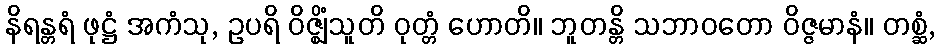
နိရန္တရံ ဖုဋ္ဌံ အကံသု, ဥပရိ ဝိဇ္ဈိံသူတိ ဝုတ္တံ ဟောတိ။ ဘူတန္တိ သဘာဝတော ဝိဇ္ဇမာနံ။ တစ္ဆံ,